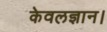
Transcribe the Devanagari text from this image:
केवलज्ञान।